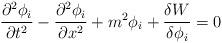
LaTeX: \begin{align*}\frac{\partial^{2} \phi_{i}}{\partial t^{2}} -\frac{\partial^{2} \phi_{i}}{\partial x^{2}} + m^{2}\phi_{i}+\frac{\delta W}{\delta \phi_{i}}=0\end{align*}